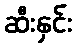
ဆီးနှင်း